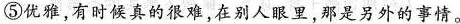
⑤优雅，有时候真的很难，在别人眼里，那是另外的事情。